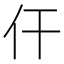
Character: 仠